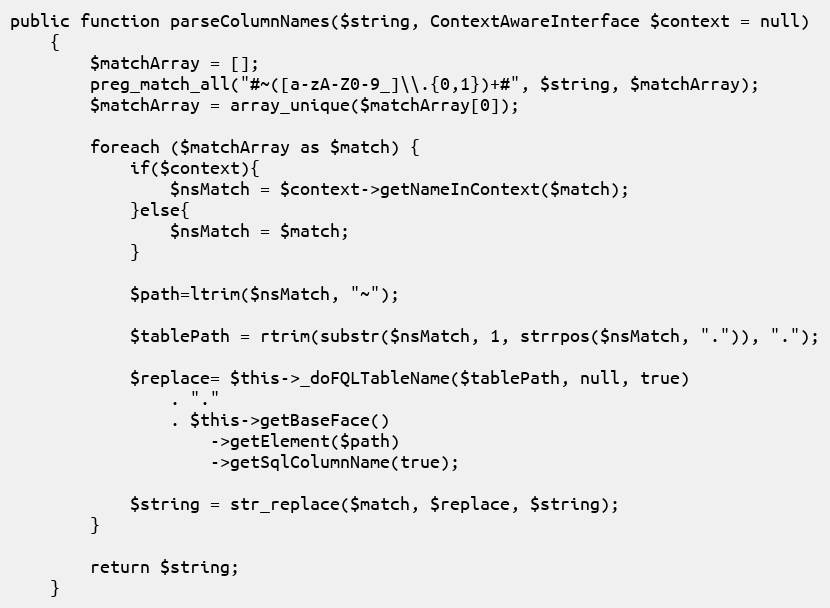
Language: PHP
public function parseColumnNames($string, ContextAwareInterface $context = null)
    {
        $matchArray = [];
        preg_match_all("#~([a-zA-Z0-9_]\\.{0,1})+#", $string, $matchArray);
        $matchArray = array_unique($matchArray[0]);

        foreach ($matchArray as $match) {
            if($context){
                $nsMatch = $context->getNameInContext($match);
            }else{
                $nsMatch = $match;
            }

            $path=ltrim($nsMatch, "~");

            $tablePath = rtrim(substr($nsMatch, 1, strrpos($nsMatch, ".")), ".");

            $replace= $this->_doFQLTableName($tablePath, null, true)
                . "."
                . $this->getBaseFace()
                    ->getElement($path)
                    ->getSqlColumnName(true);

            $string = str_replace($match, $replace, $string);
        }

        return $string;
    }